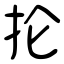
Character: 抡